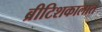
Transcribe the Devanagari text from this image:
ब्रीटिशकालात